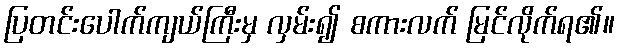
ပြတင်းပေါက်ကျယ်ကြီးမှ လှမ်း၍ စကားလက် မြင်လိုက်ရ၏။